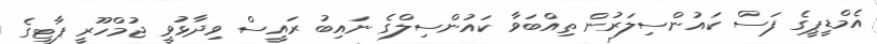
އެމްޑީޕީގެ ފަސް ކައުންސިލަރުން ތިއްބަވާ ކައުންސިލްގެ ނައިބު ރައީސް ވިދާޅުވީ ޖުމްހޫރީ ޕާޓީގެ